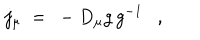
j _ { \mu } ~ = ~ \mathrm { } - D _ { \mu } g \, g ^ { - 1 } ,